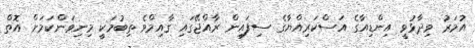
އުމަރު ވިދާޅުވީ އިންޑިއާގެ އަސްކަރިއްޔާގެ ސިފައިން ރާއްޖޭގައި ގާއިމްވެ ތިބުމަކީ މިނިވަންކަމަށް އޮތް